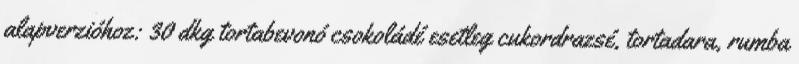
alapverzióhoz: 30 dkg tortabevonó csokoládé esetleg cukordrazsé, tortadara, rumba